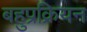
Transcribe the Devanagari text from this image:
बहुप्रक्रियन